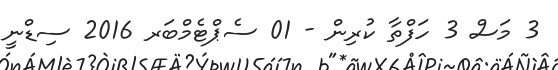
3 މަސް 3 ހަފްތާ ކުރިން - 01 ސެޕްޓެމްބަރ 2016 ސިޑްނީ